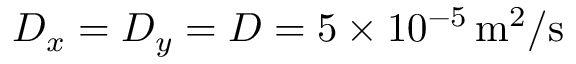
D _ { x } = D _ { y } = D = 5 \times 1 0 ^ { - 5 } \, \mathrm { m ^ { 2 } / s }